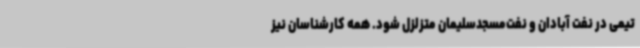
تیمی در نفت آبادان و نفت‌مسجدسلیمان متزلزل شود. همه کارشناسان نیز